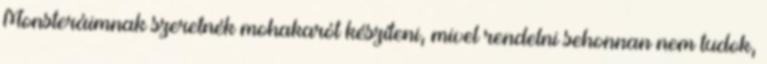
Monsteráimnak szeretnék mohakarót készíteni, mivel rendelni sehonnan nem tudok,